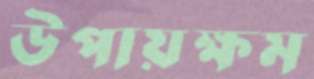
উপায়ক্ষম